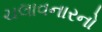
ચલાવનારનો